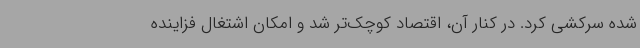
شده سرکشی کرد. در کنار آن، اقتصاد کوچک‌تر شد و امکان اشتغال فزاینده